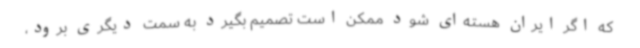
که اگر ایران هسته‌ای شود ممکن است تصمیم بگیرد به سمت دیگری برود،